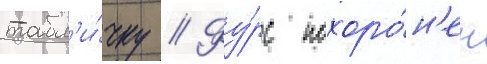
табл'и́чку // Фу́рс похоро́н'ен